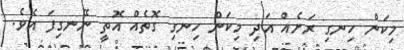
މިކަން ހިނގި ރަށެއް އަދި މިކަން ހިނގި ގޮތެއް އޮތީ ނޭނގިފަ އެވެ.